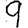
Digit: 9